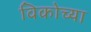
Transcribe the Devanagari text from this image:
विकोच्या